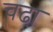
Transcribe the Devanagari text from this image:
चढा़